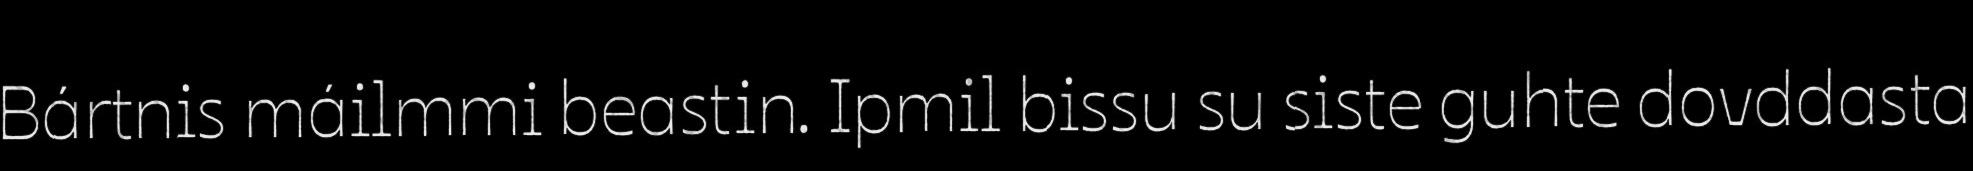
Bártnis máilmmi beastin. Ipmil bissu su siste guhte dovddasta